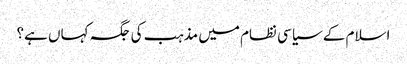
اسلام کے سیاسی نظام میں مذہب کی جگہ کہاں ہے؟